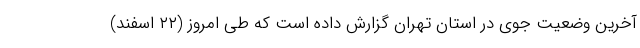
آخرین وضعیت جوی در استان تهران گزارش داده است که طی امروز (۲۲ اسفند)